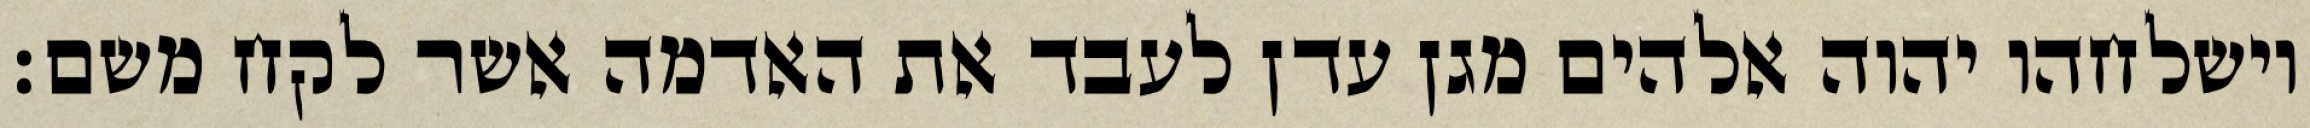
וישלחהו יהוה אלהים מגן עדן לעבד את האדמה אשר לקח משם׃